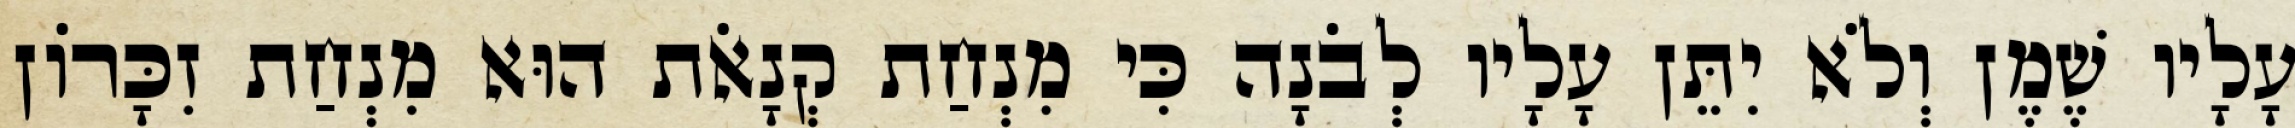
עָלָיו שֶׁמֶן וְלֹא יִתֵּן עָלָיו לְבֹנָה כִּי מִנְחַת קְנָאֹת הוּא מִנְחַת זִכָּרוֹן